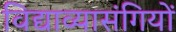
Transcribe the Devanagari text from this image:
विद्याव्यासंगियों